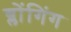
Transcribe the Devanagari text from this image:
ब्लोंगिंग